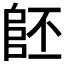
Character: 𨸿